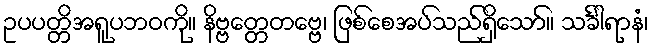
ဥပပတ္တိအရူပဘဝကို။ နိဗ္ဗတ္တေတဗ္ဗေ၊ ဖြစ်စေအပ်သည်ရှိသော်။ သင်္ခါရာနံ၊